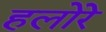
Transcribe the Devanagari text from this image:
हलोरे